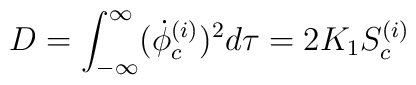
D = \int^{\infty}_{-\infty}({\dot{\phi}}^{(i)}_c)^2 d\tau = 2K_1S^{(i)}_c